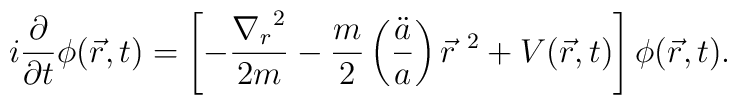
i \frac{\partial}{\partial t} \phi (\vec r, t) =  \left[ - \frac{ {\nabla_r}^2 }{2m}         - \frac{m}{2} \left( \frac{\ddot a}{a} \right) {\vec r}^{\ 2}         + V( \vec r, t) \right]         \phi (\vec r, t).